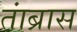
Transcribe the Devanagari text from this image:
तांब्रास